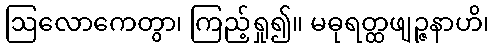
ဩလောကေတွာ၊ ကြည့်ရှု၍။ မဓုရတ္ထဖျဉ္ဇနာဟိ၊